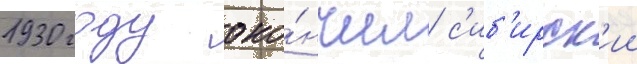
1930 году око́нчил с'иб'ирск'ии